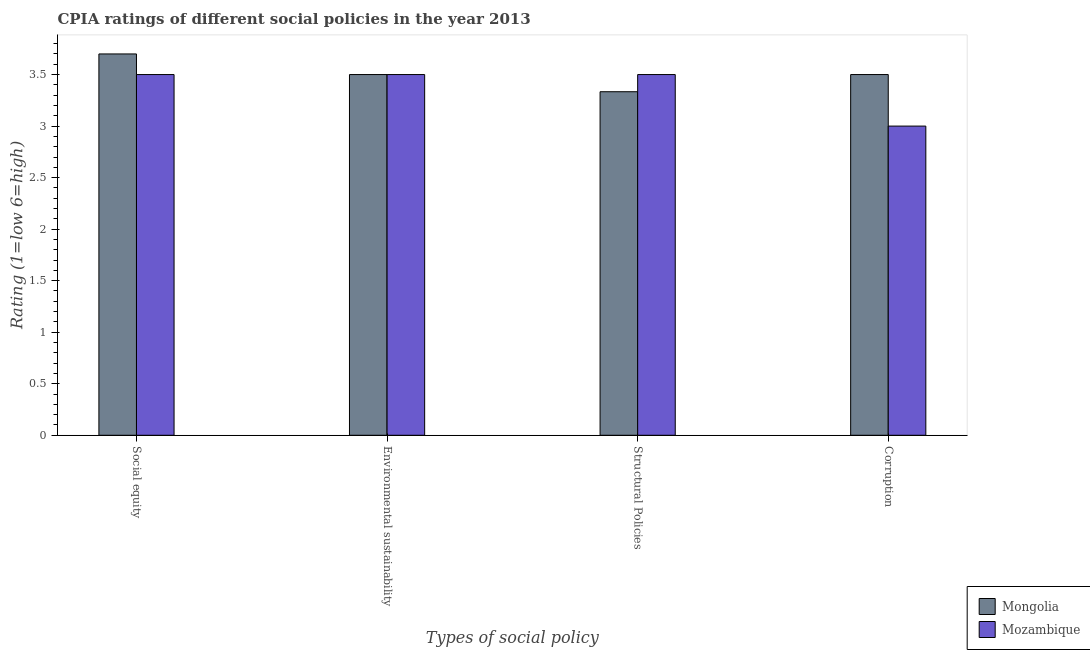
| Types of social policy | Mongolia | Mozambique |
 | --- | --- | --- |
 | Social equity | 3.7 | 3.5 |
 | Environmental sustainability | 3.5 | 3.5 |
 | Structural Policies | 3.33 | 3.5 |
 | Corruption | 3.5 | 3 |